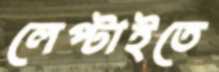
লেপ্‌টাইতে